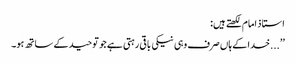
استاذ امام لکھتے ہیں:
’’...خدا کے ہاں صرف وہی نیکی باقی رہتی ہے جو توحید کے ساتھ ہو۔